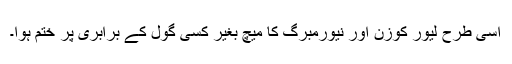
اسی طرح لیور کوزن اور نیورمبرگ کا میچ بغیر کسی گول کے برابری پر ختم ہوا۔